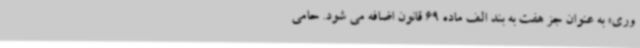
وری» به عنوان جز هفت به بند الف ماده 69 قانون اضافه می شود. حامی